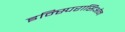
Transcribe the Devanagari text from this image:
इन्स्पिरासिओन